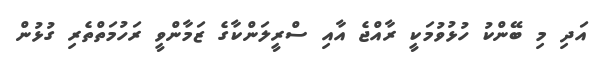
އަދި މި ބޭންކު ހުޅުވުމަކީ ރާއްޖެ އާއި ސްރީލަންކާގެ ޒަމާންވީ ރަހުމަތްތެރި ގުޅުން